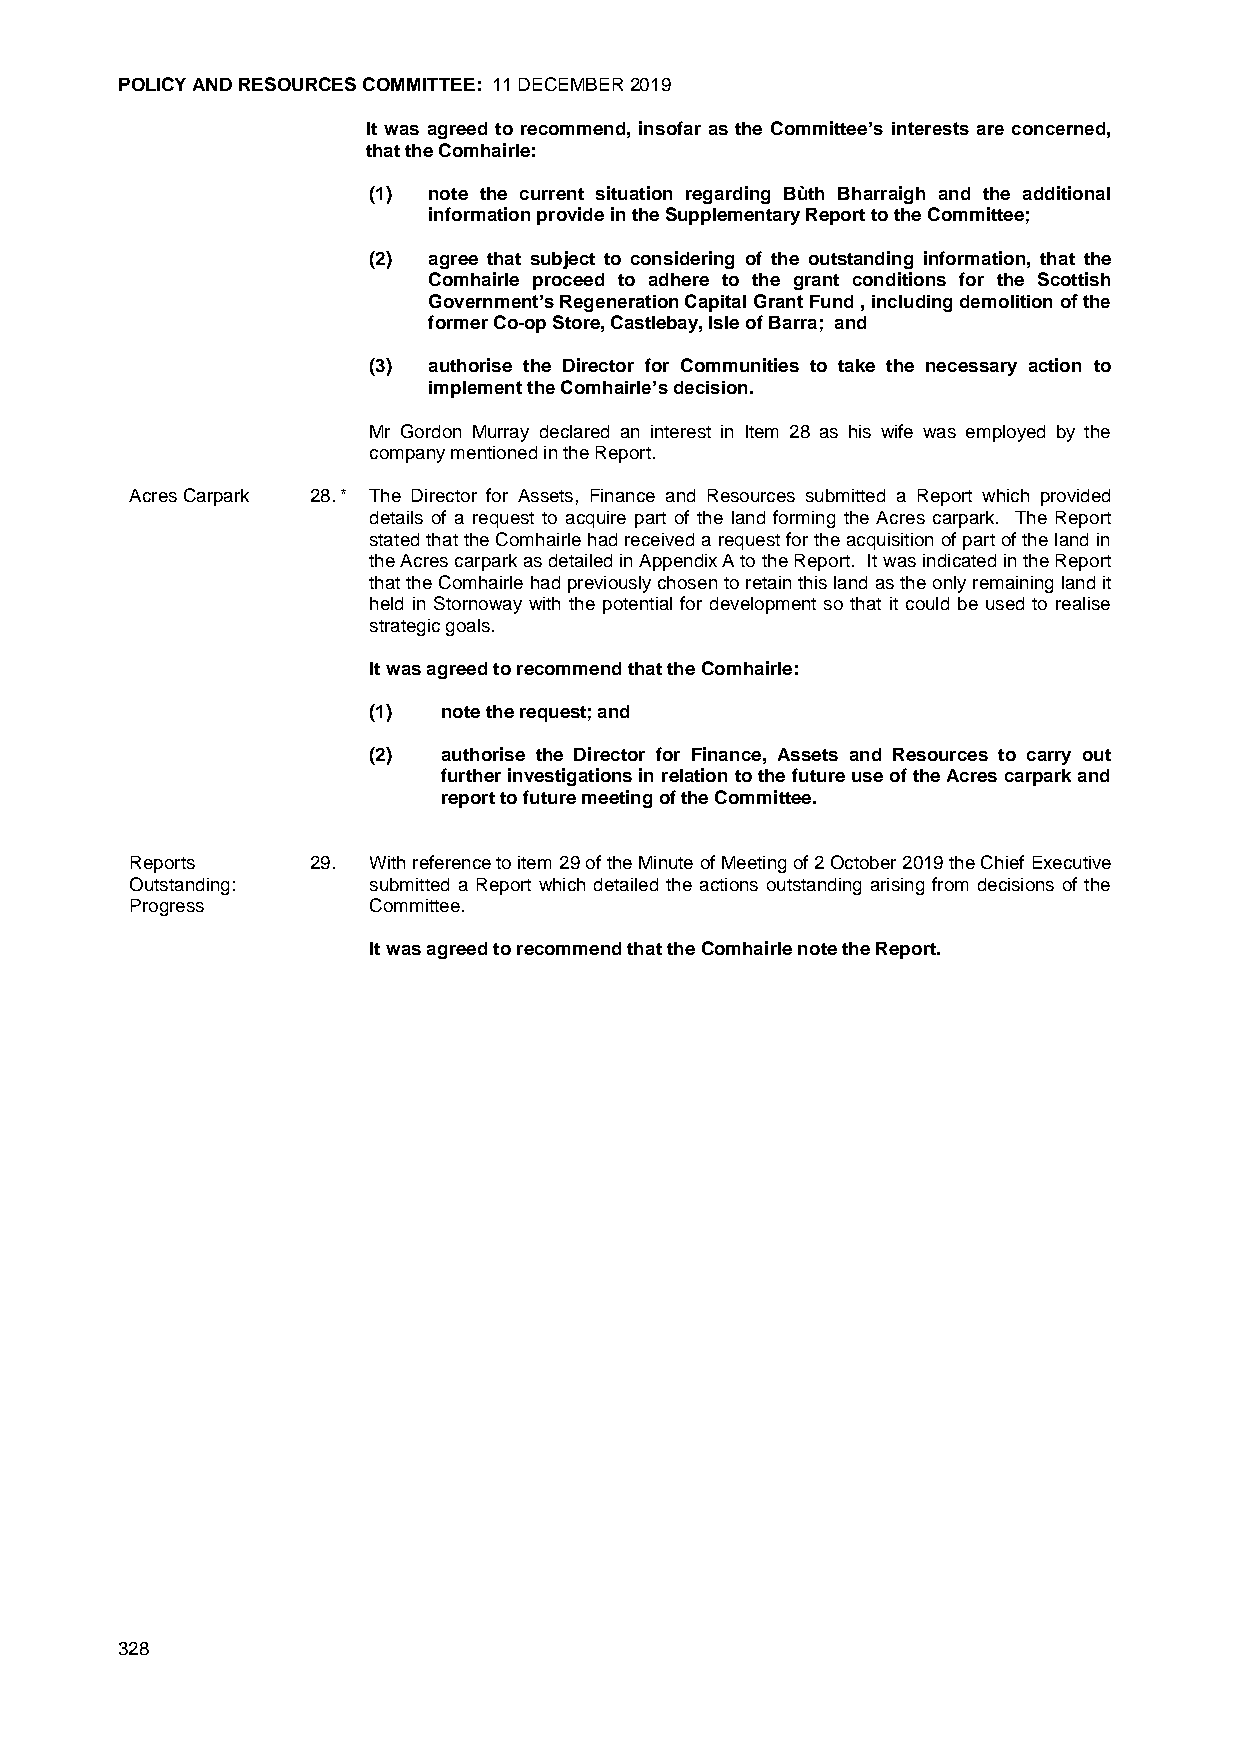
POLICY AND RESOURCES COMMITTEE: 11 DECEMBER 2019
 It was agreed to recommend, insofar as the Committee’s interests are concerned,
 that the Comhairle:
 (1) note the current situation regarding Bùth Bharraigh and the additional
 information provide in the Supplementary Report to the Committee;
 (2) agree that subject to considering of the outstanding information, that the
 Comhairle proceed to adhere to the grant conditions for the Scottish
 Government’s Regeneration Capital Grant Fund , including demolition of the
 former Co-op Store, Castlebay, Isle of Barra; and
 (3) authorise the Director for Communities to take the necessary action to
 implement the Comhairle’s decision.
 Mr Gordon Murray declared an interest in Item 28 as his wife was employed by the
 company mentioned in the Report.
 Acres Carpark 28. * The Director for Assets, Finance and Resources submitted a Report which provided
 details of a request to acquire part of the land forming the Acres carpark. The Report
 stated that the Comhairle had received a request for the acquisition of part of the land in
 the Acres carpark as detailed in Appendix A to the Report. It was indicated in the Report
 that the Comhairle had previously chosen to retain this land as the only remaining land it
 held in Stornoway with the potential for development so that it could be used to realise
 strategic goals.
 It was agreed to recommend that the Comhairle:
 (1)  note the request; and
 (2)  authorise the Director for Finance, Assets and Resources to carry out
 further investigations in relation to the future use of the Acres carpark and
 report to future meeting of the Committee.
 Reports     29. With reference to item 29 of the Minute of Meeting of 2 October 2019 the Chief Executive
 Outstanding:   submitted a Report which detailed the actions outstanding arising from decisions of the
 Progress       Committee.
 It was agreed to recommend that the Comhairle note the Report.
 328